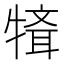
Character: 𤛄